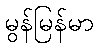
မွန်မြန်မာ